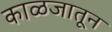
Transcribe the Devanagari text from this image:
काळजातून